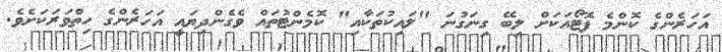
އަހަރެންގެ ކޮންމެ ފޮޓޯއަކަށް ލިބޭ ގިނަގުނަ "ލައިކުތަކާއި" ކޮމެންޓުތައް ވެގެންދިޔައީ އަހަރެންގެ ހިތްވަރަކަށެވެ.